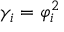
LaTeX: \gamma _ { i } = \varphi _ { i } ^ { 2 }